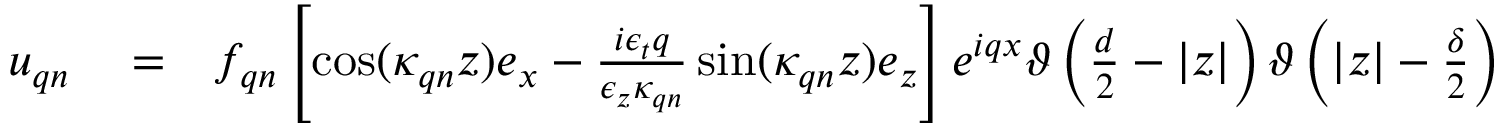
\begin{array} { r l r } { \boldsymbol { u } _ { \boldsymbol { q } n } } & { { } = } & { f _ { \boldsymbol { q } n } \left[ \cos ( \kappa _ { \boldsymbol { q } n } z ) \boldsymbol { e } _ { x } - \frac { i \epsilon _ { t } q } { \epsilon _ { z } \kappa _ { \boldsymbol { q } n } } \sin ( \kappa _ { \boldsymbol { q } n } z ) \boldsymbol { e } _ { z } \right] e ^ { i q x } \vartheta \left( \frac { d } { 2 } - | z | \right) \vartheta \left( | z | - \frac { \delta } { 2 } \right) } \end{array}